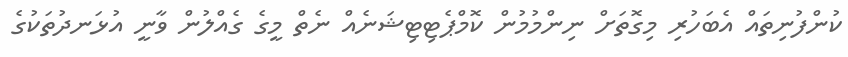
ކުންފުނިތައް އެބަހުރި މިގޮތަށް ނިންމުމުން ކޮމްޕެޓިޓިޝަނެއް ނެތް މީގެ ގެއްލުން ވާނީ އުޅަނދުތަކުގެ